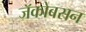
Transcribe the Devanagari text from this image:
जॅकोबसन